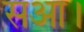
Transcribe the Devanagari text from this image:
सआ।